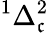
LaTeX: ^{1}\Delta_{\mathfrak{c}}^{2}